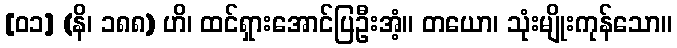
[၀၁] (နိ၊ ၁၈၈) ဟိ၊ ထင်ရှားအောင်ပြဦးအံ့။ တယော၊ သုံးမျိုးကုန်သော။